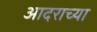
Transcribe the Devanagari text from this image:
आदराच्या